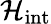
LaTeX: \mathcal{H}_{\mathrm{{{int}}}}